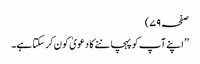
صفحہ ۷۹)
’’ اپنے آپ کو پہچاننے کا دعویٰ کون کر سکتا ہے۔